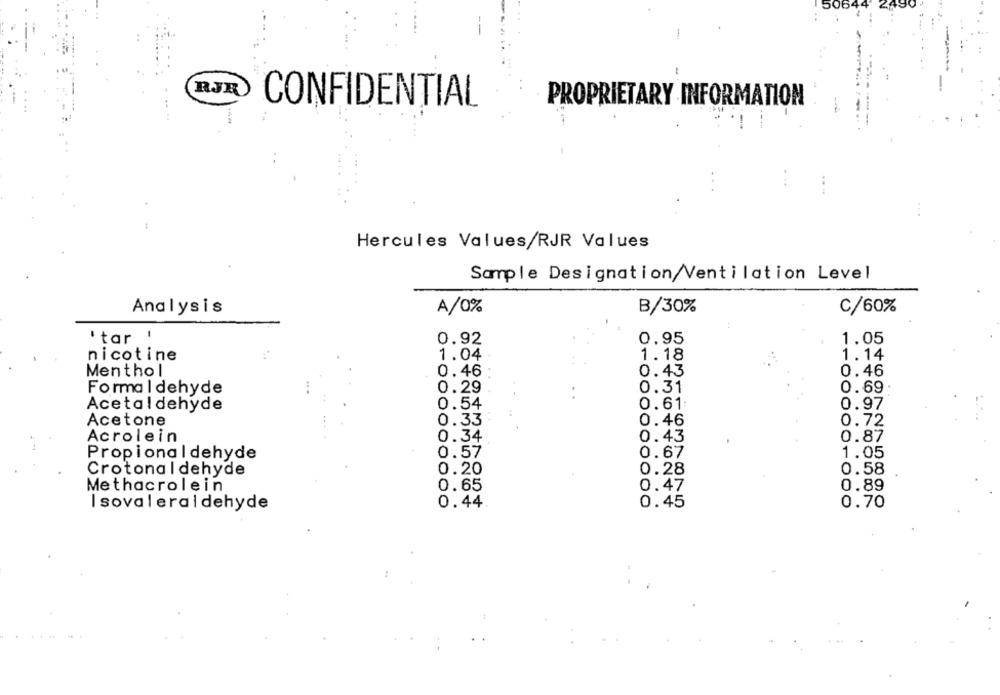
RJR
CONFIDENTIAL
PROPRIETARY INFORMATION
Hercules Values/RJR Values
Sample Designation/Ventilation Level
Analysis
A/0%
B/30%
C/60%
tar !
0.92
0.95
1.05
nicotine
1.04
1.18
1.14
Menthol
0.46
0.43
0.46
Formal dehyde
0.29
0.31
0.69
Acetaldehyde
0.54
0.61
0.97
Acetone
0.33
0.46
0.72
Acrolein
0.34
0.87
0.43
OOO
Propionaldehyde
0.57
0.67
1.05
Crotonaldehyde
0.20
0.28
0.58
0.65
0.47
0.89
Methacrolein
I sovaleraldehyde
0.44
OOOOOOO
0.45
0.70